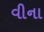
વીના